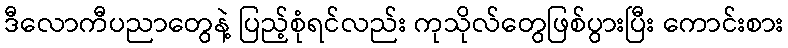
ဒီလောကီပညာတွေနဲ့ ပြည့်စုံရင်လည်း ကုသိုလ်တွေဖြစ်ပွားပြီး ကောင်းစား